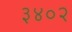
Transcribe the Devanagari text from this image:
३४०२